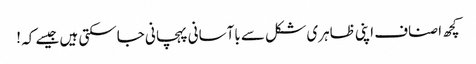
کچھ اصناف اپنی ظاہری شکل سے باآسانی پہچانی جاسکتی ہیں جیسے کہ !